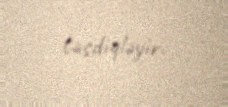
təsdiqləyir.